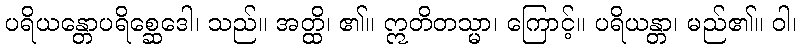
ပရိယန္တောပရိစ္ဆေဒေါ၊ သည်။ အတ္ထိ၊ ၏။ ဣတိတသ္မာ၊ ကြောင့်။ ပရိယန္တာ၊ မည်၏။ ဝါ၊